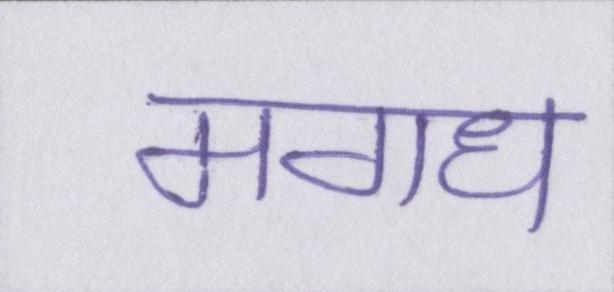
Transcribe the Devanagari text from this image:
मगध